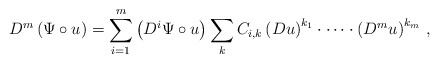
\begin{align*} D^m\left(\Psi \circ u \right)= \sum\limits_{i=1}^m\left(D^i\Psi\circ u\right)\sum\limits_{k} C_{i,k} \left(Du \right)^{k_1}\cdot\dots\cdot\left( D^mu \right)^{k_m}\, , \end{align*}